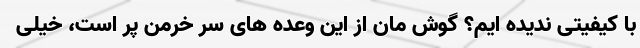
با کیفیتی ندیده ایم؟ گوش مان از این وعده های سر خرمن پر است، خیلی